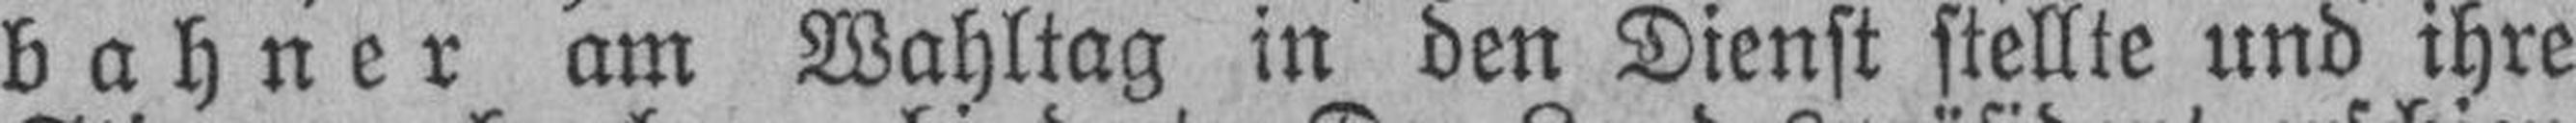
bahner am Wahltag in den Dienst stellte und ihre